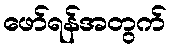
ဖော်ရန်အတွက်